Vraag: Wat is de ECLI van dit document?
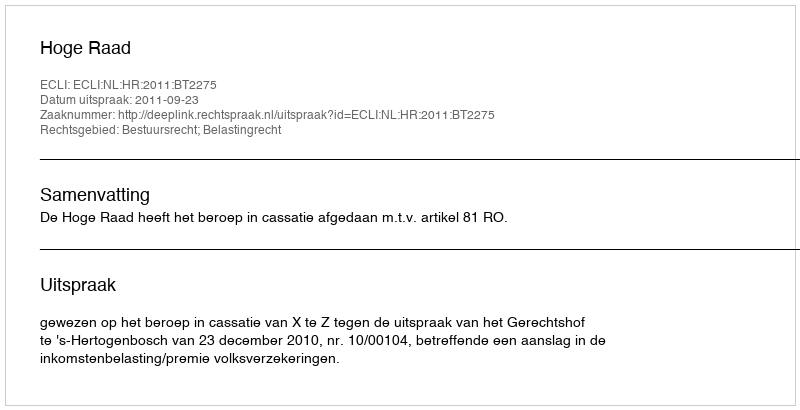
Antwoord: ECLI:NL:HR:2011:BT2275